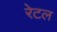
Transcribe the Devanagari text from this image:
रेटल